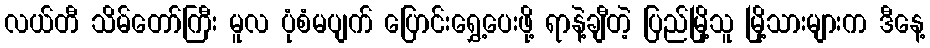
လယ်တီ သိမ်တော်ကြီး မူလ ပုံစံမပျက် ပြောင်းရွှေ့ပေးဖို့ ရာနဲ့ချီတဲ့ ပြည်မြို့သူ မြို့သားများက ဒီနေ့